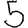
Digit: 5